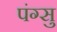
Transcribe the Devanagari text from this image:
पंग्सु